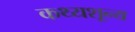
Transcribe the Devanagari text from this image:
कथ्यशून्य